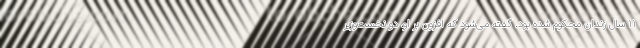
۱۱ سال زندان محکوم شده بود. گفته می‌شود که افزون بر او، دو نخست‌وزیر